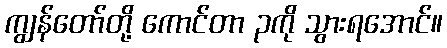
ကျွန်တော်တို့ ကောင်တာ ၃ကို သွားရအောင်။